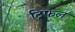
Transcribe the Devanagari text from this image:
ट्रिफल